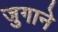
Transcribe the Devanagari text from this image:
जुगाने